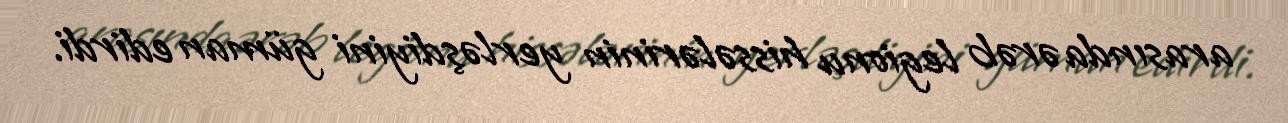
arasında ərəb legionu hissələrinin yerləşdiyini güman edirdi.